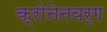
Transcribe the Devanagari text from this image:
क्रोनेनबर्ग